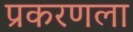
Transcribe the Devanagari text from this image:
प्रकरणला